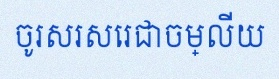
ចូរសរសេរជាចម្លើយ